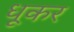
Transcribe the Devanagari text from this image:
धूकर